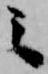
之